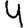
Digit: 4